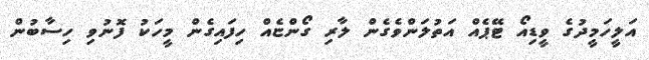
އަލީހަމީދުގެ ވީޑިއޯ ޓޭޕެއް އަތުލަންވެގެން ލާރި ގޯންޏެއް ހިފައިގެން މީހަކު ފޮނުވި ހިސާބުން